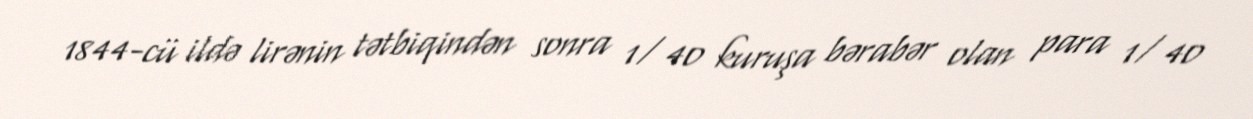
1844-cü ildə lirənin tətbiqindən sonra 1⁄40 kuruşa bərabər olan para 1⁄40